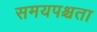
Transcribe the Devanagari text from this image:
समयपश्चता